Lunatic asylums Central Provinces reports 1910-1926 - 1910-1926
Year: 1910
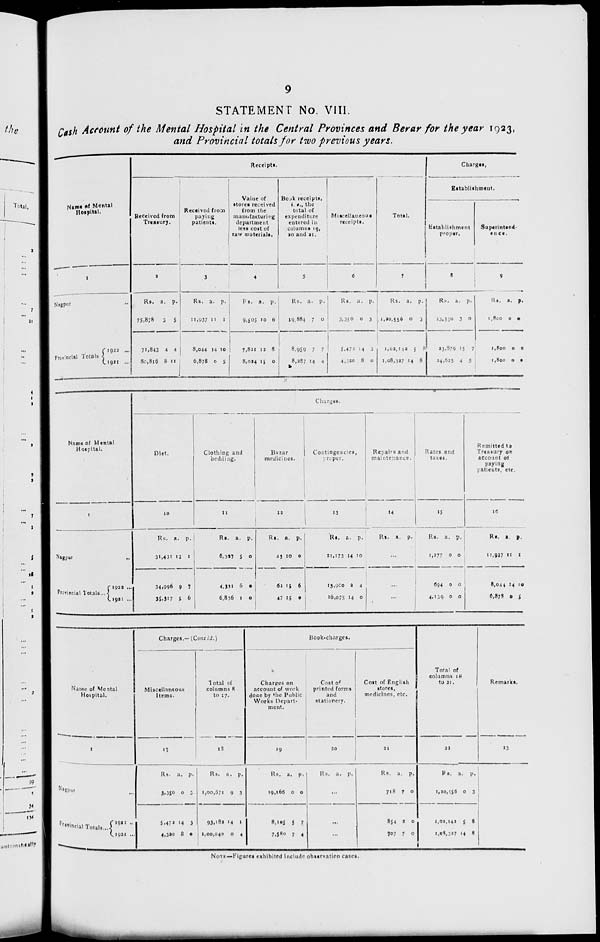
9
STATEMENT No. VIII.
Cash Account of the Mental Hospital in the Central Provinces and Berar for the year 1923,
and Provincial totals for two previous years.
Name of Mental
Hospital.
1
Nagpur ...
Provincial Totals
1922 ...
1921 ...
Receipts.
Received from
Treasury.
2
Rs.
75,878
71,843
80,816
a.
3
4
8
p.
5
4
11
Received from
paying
patients.
3
Rs.
11,937
8,044
6,878
a.
11
14
0
p.
1
10
5
Value of
stores received
from the
manufacturing
department
less cost of
raw materials.
4
RS.
9,505
7,821
8,024
a.
10
12
15
p.
6
8
0
Book receipts,
i. e., the
total of
expenditure
entered in
columns 19,
20 and 21.
5
Rs.
19,884
8,959
8,287
a.
7
7
14
p.
0
7
4
Miscellaneous
receipts.
6
Rs.
3,350
5,472
4,320
a.
0
14
8
p.
3
3
0
Total.
7
Rs.
1,20,556
1,02,142
1,08,327
a.
0
5
14
p.
3
8
8
Charges.
Establishment.
Establishment
proper.
8
Rs.
23,330
23,879
24,625
a.
3
15
4
p.
0
7
5
Superintend-
ence.
9
Rs.
1,800
1,800
1,800
a.
0
0
0
p.
0
0
0
Name of Mental
Hospital.
1
Nagpur ...
Provincial Totals. ...
1922 ...
1921 ...
Charges.
Diet.
10
Rs.
31,431
34,996
35,317
a.
13
9
5
p.
1
7
6
Clothing and
bedding.
11
Rs.
6,327
4,331
6,836
a.
5
6
1
p.
0
0
0
Bazar
medicines.
12
Rs.
43
62
47
a.
10
15
15
p.
0
6
0
Contingencies,
Proper.
13
Rs.
21,173
13,900
16,075
a.
14
2
14
p.
10
4
0
Repairs and
maintenance.
14
Rs.
a.
p.
...
...
...
Rates and
taxes.
15
Rs.
1,277
694
4,139
a.
0
0
0
p.
0
0
0
Remitted to
Treasury on
account of
paying
patients, etc.
16
Rs.
11,927
8,044
6,878
a.
11
14
0
p.
1
10
5
Name of Mental
Hospital.
1
Nagpur ...
Provincial Totals....
1922
...
1921 ...
Charges.— (Concld.)
Miscellaneous
Items.
17
Rs.
3,350
5,472
4,320
a.
0
14
8
p.
3
3
0
Total of
columns 8
to 17.
18
Rs.
1,00,671
93,182
1,00,040
a.
9
14
0
p.
3
1
4
Book-charges.
Charges on
account of work
done by the Public
Works Depart-
ment.
19
Rs.
19,166
8,105
7,580
a.
0
5
7
p.
0
7
4
Cost of
printed forms
and
stationery.
20
Rs. a.
p.
...
...
...
Cost of English
stores,
medicines, etc.
21
Rs.
718
854
707
a.
7
2
7
p.
0
0
0
Total of
columns 18
to 21.
22
Rs.
1,30,556
1,02,142
1,68,327
a.
0
5
14
p.
3
8
8
Remarks.
23
NOTE.—Figures exhibited include observation cases.